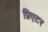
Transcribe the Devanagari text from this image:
प्रिएटर